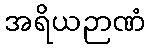
အရိယဉာဏံ